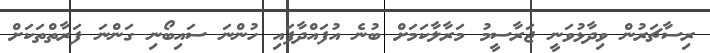
ރިސާޗަރުން ވިދާޅުވަނީ ޖަރާސީމު މަރާލާކަމަށް ބުނެ އުފައްދާފައި ހުންނަ ސައިބޯނި ގަންނަ ފަރާތްތަކަށް